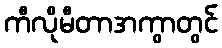
ကီလိုမီတာအကွာတွင်